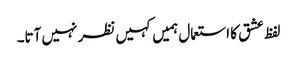
لفظ عشق کا استعمال ہمیں کہیں نظر نہیں آتا۔